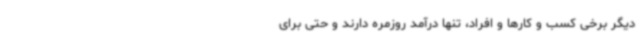
دیگر برخی کسب و کارها و افراد، تنها درآمد روزمره دارند و حتی برای